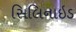
સિલિનાઇડ